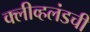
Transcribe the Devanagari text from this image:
क्लीव्हलंडची